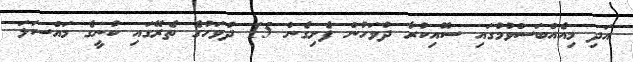
އަދި މިއެއްބަސްވުމުގައި ސޮއިކުރާ ދުވަހުން ފެށިގެން 15 ދުވަހުގެ ތެރޭގައި ކުނީގެ މައްސަލަ